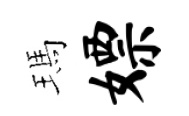
瑪嫖